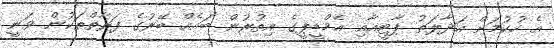
އެ ހުކުމަށް އަދާލަތު ޕާޓީއާއި އެމްޑީޕީގެ އިތުރުން ބައެއް ބޭރުގެ ފަރާތްތަކުން ވަނީ